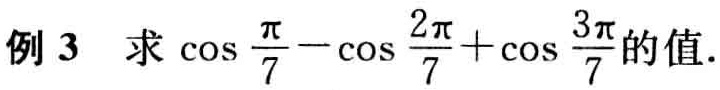
例 3  求 \(\cos\frac{\pi}{7}-\cos\frac{2\pi}{7}+\cos\frac{3\pi}{7}\)的值.